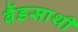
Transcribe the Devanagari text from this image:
बैंडसाथी